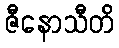
ဇီနောသီတိ